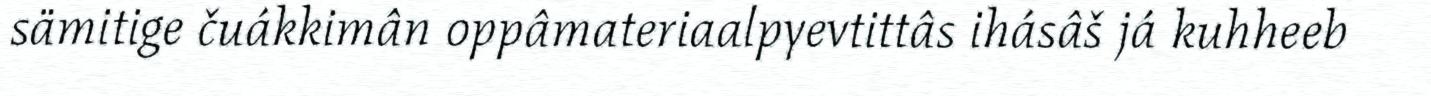
sämitige čuákkimân oppâmateriaalpyevtittâs ihásâš já kuhheeb